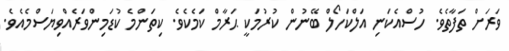
ވަރަށް ތަފާތެވެ. ހުސްއެކަނި އަލްކަހޯލް ބޭނުން ކުރުމަކީ ޙަރާމް ކަމެކެވެ. ކިތަންމެ ކުޑަމިންވަރެއްވިޔަސްމެއެވެ.